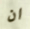
ان